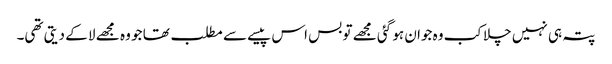
پتہ ہی نہیں چلا کب وہ جوان ہو گئی مجھے تو بس اس پیسے سے مطلب تھا جو وہ مجھے لا کے دیتی تھی۔